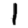
Digit: 1